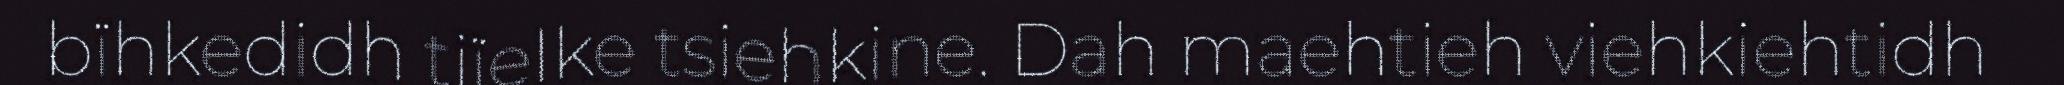
bïhkedidh tjïelke tsiehkine. Dah maehtieh viehkiehtidh